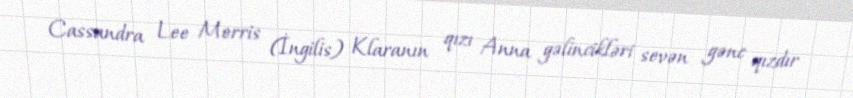
Cassandra Lee Morris (İngilis) Klaranın qızı Anna gəlincikləri sevən gənc qızdır